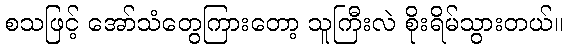
စသဖြင့် အော်သံတွေကြားတော့ သူကြီးလဲ စိုးရိမ်သွားတယ်။